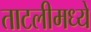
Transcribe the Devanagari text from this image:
ताटलीमध्ये